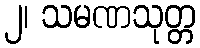
၂၊ သမဏသုတ္တ